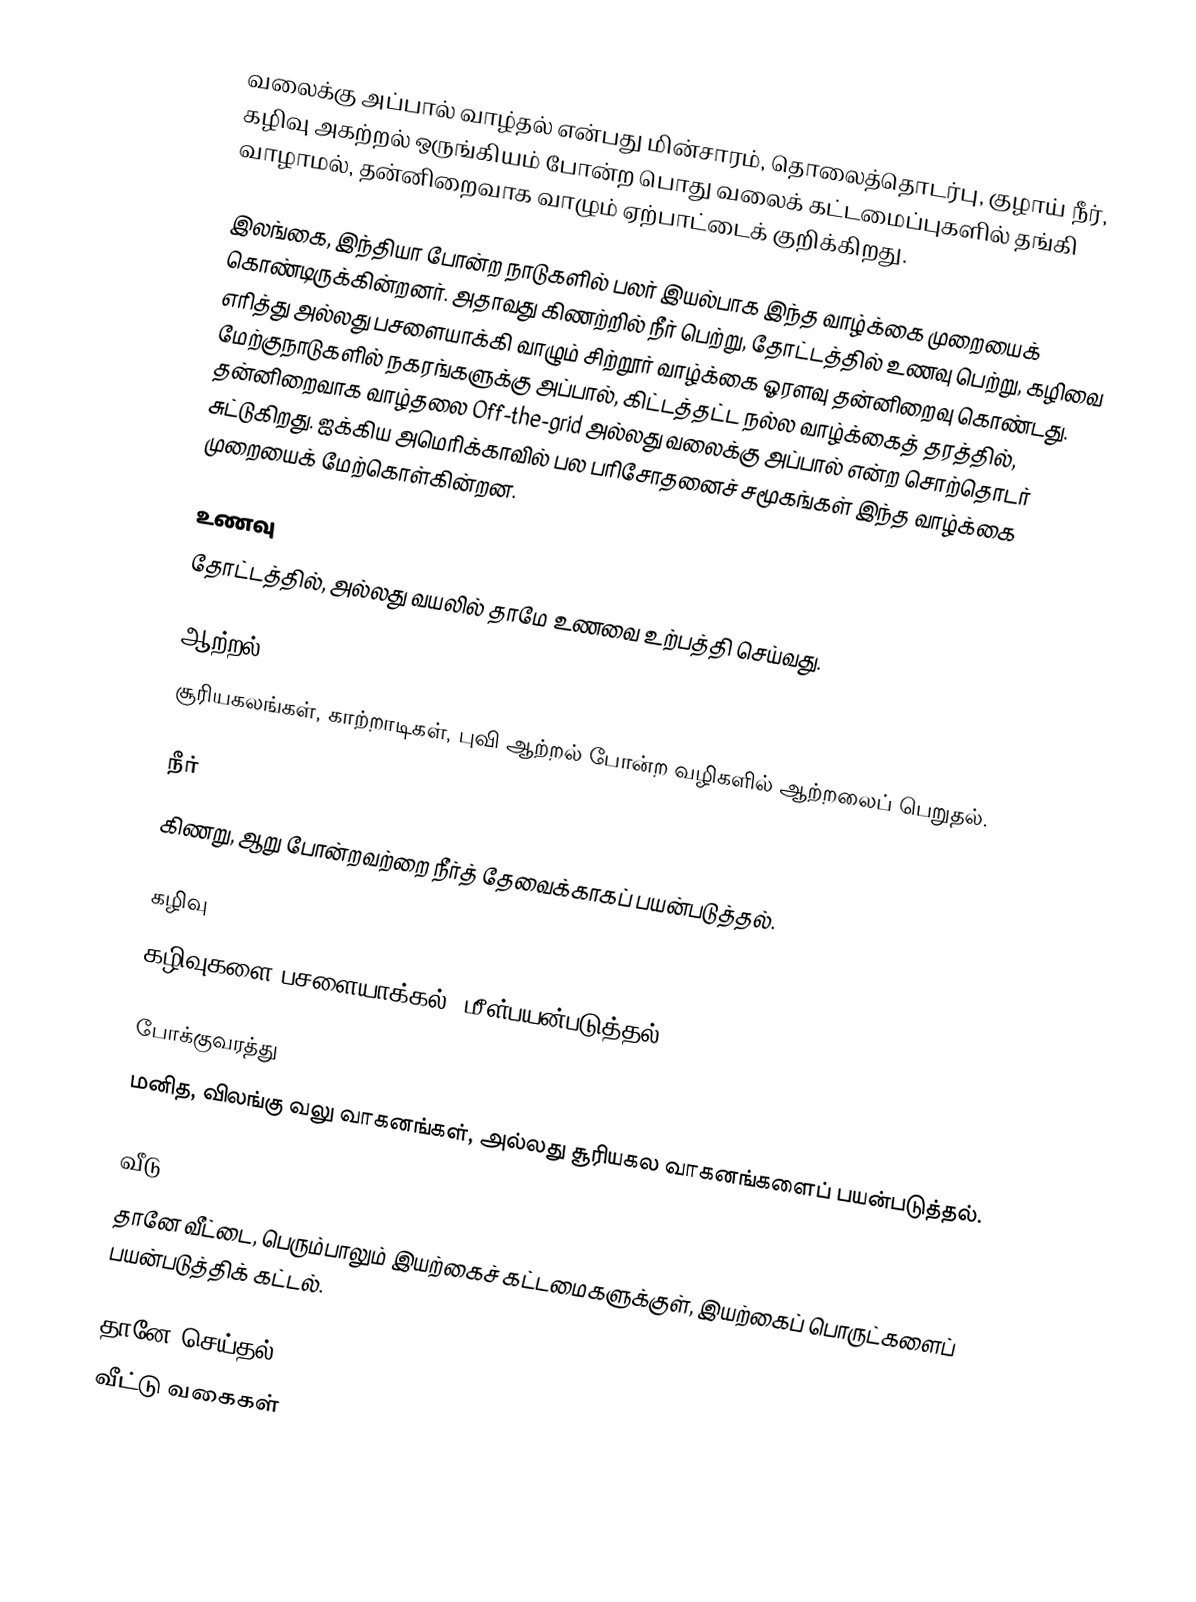
வலைக்கு அப்பால் வாழ்தல் என்பது மின்சாரம், தொலைத்தொடர்பு, குழாய் நீர், கழிவு அகற்றல் ஒருங்கியம் போன்ற பொது வலைக் கட்டமைப்புகளில் தங்கி வாழாமல், தன்னிறைவாக வாழும் ஏற்பாட்டைக் குறிக்கிறது.

இலங்கை, இந்தியா போன்ற நாடுகளில் பலர் இயல்பாக இந்த வாழ்க்கை முறையைக் கொண்டிருக்கின்றனர்.  அதாவது கிணற்றில் நீர் பெற்று, தோட்டத்தில் உணவு பெற்று, கழிவை எரித்து அல்லது பசளையாக்கி வாழும் சிற்றூர் வாழ்க்கை ஓரளவு தன்னிறைவு கொண்டது.  மேற்குநாடுகளில் நகரங்களுக்கு அப்பால், கிட்டத்தட்ட நல்ல வாழ்க்கைத் தரத்தில், தன்னிறைவாக வாழ்தலை Off-the-grid அல்லது வலைக்கு அப்பால் என்ற சொற்தொடர் சுட்டுகிறது.  ஐக்கிய அமெரிக்காவில் பல பரிசோதனைச் சமூகங்கள் இந்த வாழ்க்கை முறையைக் மேற்கொள்கின்றன.

உணவு
தோட்டத்தில், அல்லது வயலில் தாமே உணவை உற்பத்தி செய்வது.

ஆற்றல்
சூரியகலங்கள், காற்றாடிகள், புவி ஆற்றல் போன்ற வழிகளில் ஆற்றலைப் பெறுதல்.

நீர்
கிணறு, ஆறு போன்றவற்றை நீர்த் தேவைக்காகப் பயன்படுத்தல்.

கழிவு
கழிவுகளை பசளையாக்கல், மீள்பயன்படுத்தல்.

போக்குவரத்து
மனித, விலங்கு வலு வாகனங்கள், அல்லது சூரியகல வாகனங்களைப் பயன்படுத்தல்.

வீடு
தானே வீட்டை, பெரும்பாலும் இயற்கைச் கட்டமைகளுக்குள், இயற்கைப் பொருட்களைப் பயன்படுத்திக் கட்டல்.

தானே செய்தல்
வீட்டு வகைகள்